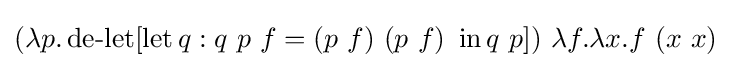
(\lambda p.\operatorname {de-let} [\operatorname {let} q:q\ p\ f=(p\ f)\ (p\ f)\ \operatorname {in} q\ p])\ \lambda f.\lambda x.f\ (x\ x)